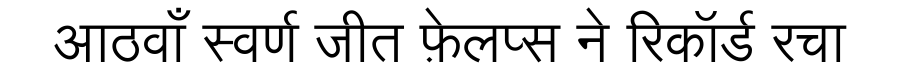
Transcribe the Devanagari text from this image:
आठवाँ स्वर्ण जीत फ़ेलप्स ने रिकॉर्ड रचा